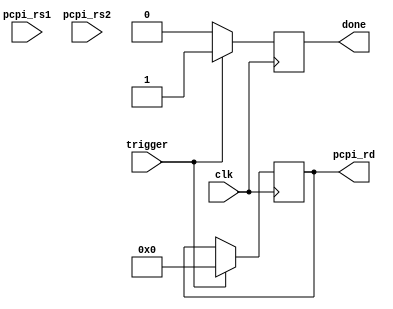
module cp_0_const(
    input clk,
    input[31:0] pcpi_rs1,
    input[31:0] pcpi_rs2,
    output reg[31:0] pcpi_rd,
    input trigger,
    output reg done = 0
);

always @(posedge clk) begin
    if (trigger) begin
        pcpi_rd <= 32'h00000000;
        done <= 1;
    end else begin
        done <= 0;
    end
end


endmodule